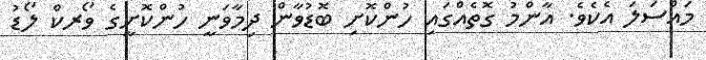
މައްސަލަ އެކެވެ. އާންމު ގޮތެއްގައި ހުންކޮށި ބޮޑުވާން ދިމާވަނީ ހުންކޮށީގެ ވޯރކް ލޯޑު